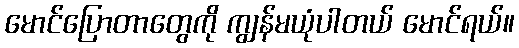
မောင်ပြောတာတွေကို ကျွန်မယုံပါတယ် မောင်ရယ်။